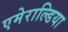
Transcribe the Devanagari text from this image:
एमेराल्डिया